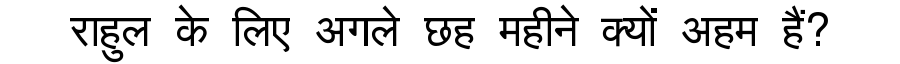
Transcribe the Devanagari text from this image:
राहुल के लिए अगले छह महीने क्यों अहम हैं?